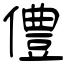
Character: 僼